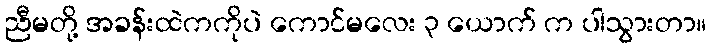
ညီမတို့ အခန်းထဲကကိုပဲ ကောင်မလေး ၃ ယောက် က ပါသွားတာ။